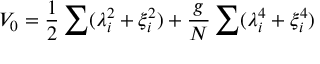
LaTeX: V _ { 0 } = { \frac { 1 } { 2 } } \sum ( \lambda _ { i } ^ { 2 } + \xi _ { i } ^ { 2 } ) + { \frac { g } { N } } \sum ( \lambda _ { i } ^ { 4 } + \xi _ { i } ^ { 4 } )